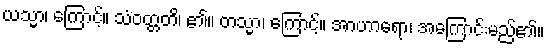
ယသ္မာ၊ ကြောင့်။ သံဝတ္တတိ၊ ၏။ တသ္မာ၊ ကြောင့်။ အာဟာရော၊ အကြောင်းမည်၏။